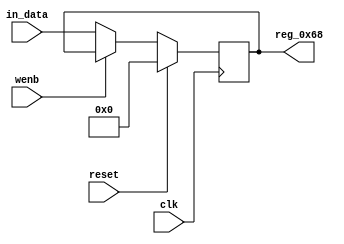
module r_TX_BUF_OBJ6_BYTE_0(output reg [7:0] reg_0x68, input wire reset, input wire wenb, input wire [7:0] in_data, input wire clk);
	always@(posedge clk)
	begin
		if(reset==0) begin
			if(wenb==0)
				reg_0x68<=in_data;
			else
				reg_0x68<=reg_0x68;
		end
		else
			reg_0x68<=8'h00;
	end
endmodule